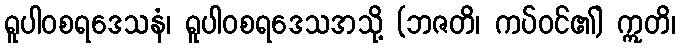
ရူပါဝစရဒေသနံ၊ ရူပါဝစရဒေသအသို့ (ဘဇတိ၊ ကပ်ဝင်၏) ဣတိ၊